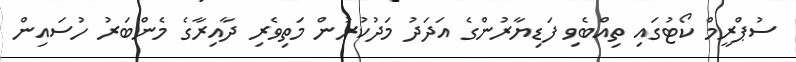
ސުޕްރީމް ކޯޓުގައި ތިއްބެވި ފަޑިޔާރުންގެ އަދަދު މަދުކުރުން މަތިވެރި ދާއިރާގެ މެންބަރު ހުސައިން